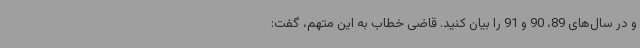
و در سال‌های 89، 90 و 91 را بیان کنید. قاضی خطاب به این متهم، گفت: